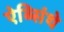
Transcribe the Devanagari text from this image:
ऐब्सिंथे